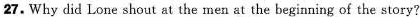
27. Why did Lone shout at the men at the beginning of the story?